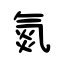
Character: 氮